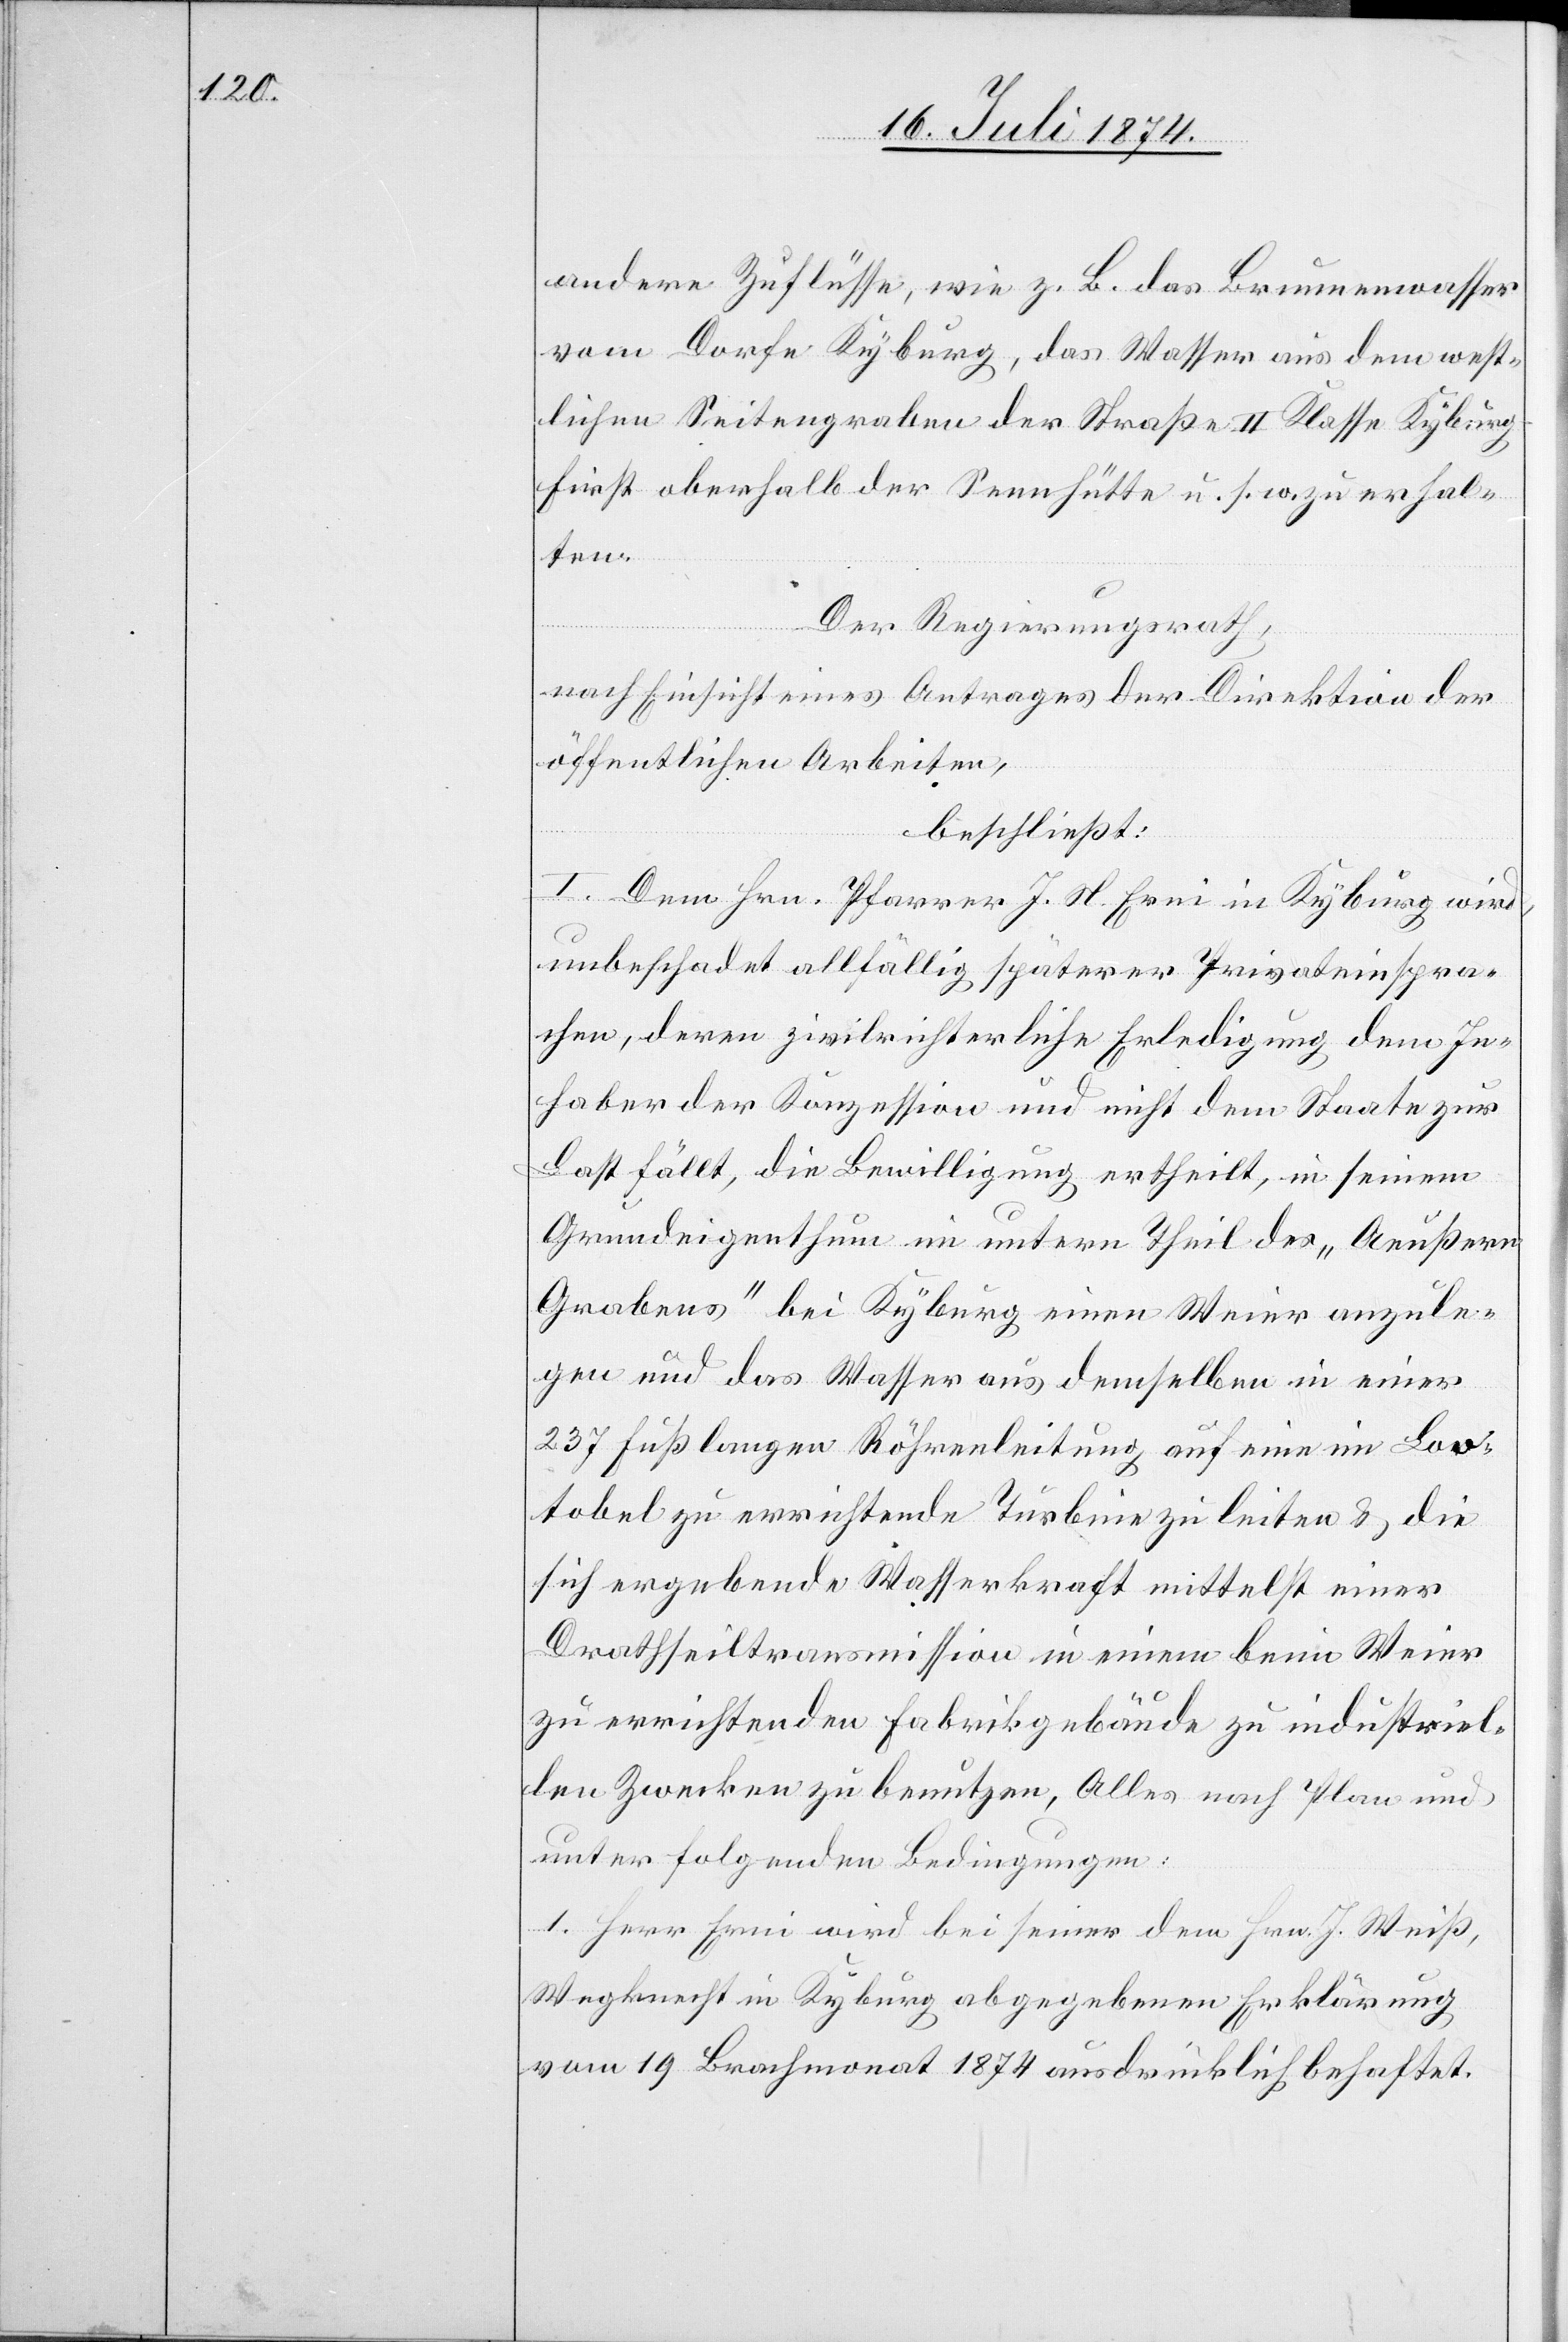
andere Zuflüsse, wie z. B. das Brunnenwasser
vom Dorfe Kyburg, das Wasser aus dem west¬
lichen Seitengraben der Straße II. Klasse Kyburg–F¬
irst oberhalb der Sennhütte u. s. w. zu erhal¬
ten.
Der Regierungsrath,
nach Einsicht eines Antrages der Direktion der
öffentlichen Arbeiten,
beschließt:
I. Dem Hrn. Pfarrer J. N. Erni in Kyburg wird,
unbeschadet allfällig späterer Privateinspra¬
chen, deren zivilrichterliche Erledigung dem In¬
haber der Konzession und nicht dem Staate zur
Last fällt, die Bewilligung ertheilt, in seinem
Grundeigenthum im untern Theil des „Aeußern
Grabens“ bei Kyburg einen Weier anzule¬
gen und das Wasser aus demselben in einer
237 Fuß langen Röhrenleitung auf eine im Loo¬
tobel zu errichtende Turbine zu leiten u. die
sich ergebende Wasserkraft mittelst einer
Drahtseiltransmission in einem beim Weier
zu errichtenden Fabrikgebäude zu industriel¬
len Zwecken zu benutzen, Alles nach Plan und
unter folgenden Bedingungen:
1. Herr Erni wird bei seiner dem Hrn. J. Weiß,
Wegknecht in Kyburg abgegebenen Erklärung
vom 19. Brachmonat 1874 ausdrücklich behaftet.